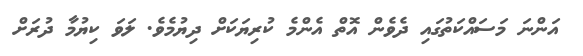
އަންނަ މަސައްކަތުގައި ދެވެން އޮތް އެންމެ ކުރިޔަކަށް ދިޔުމެވެ. ލަވަ ކިޔުމާ ދުރަށް